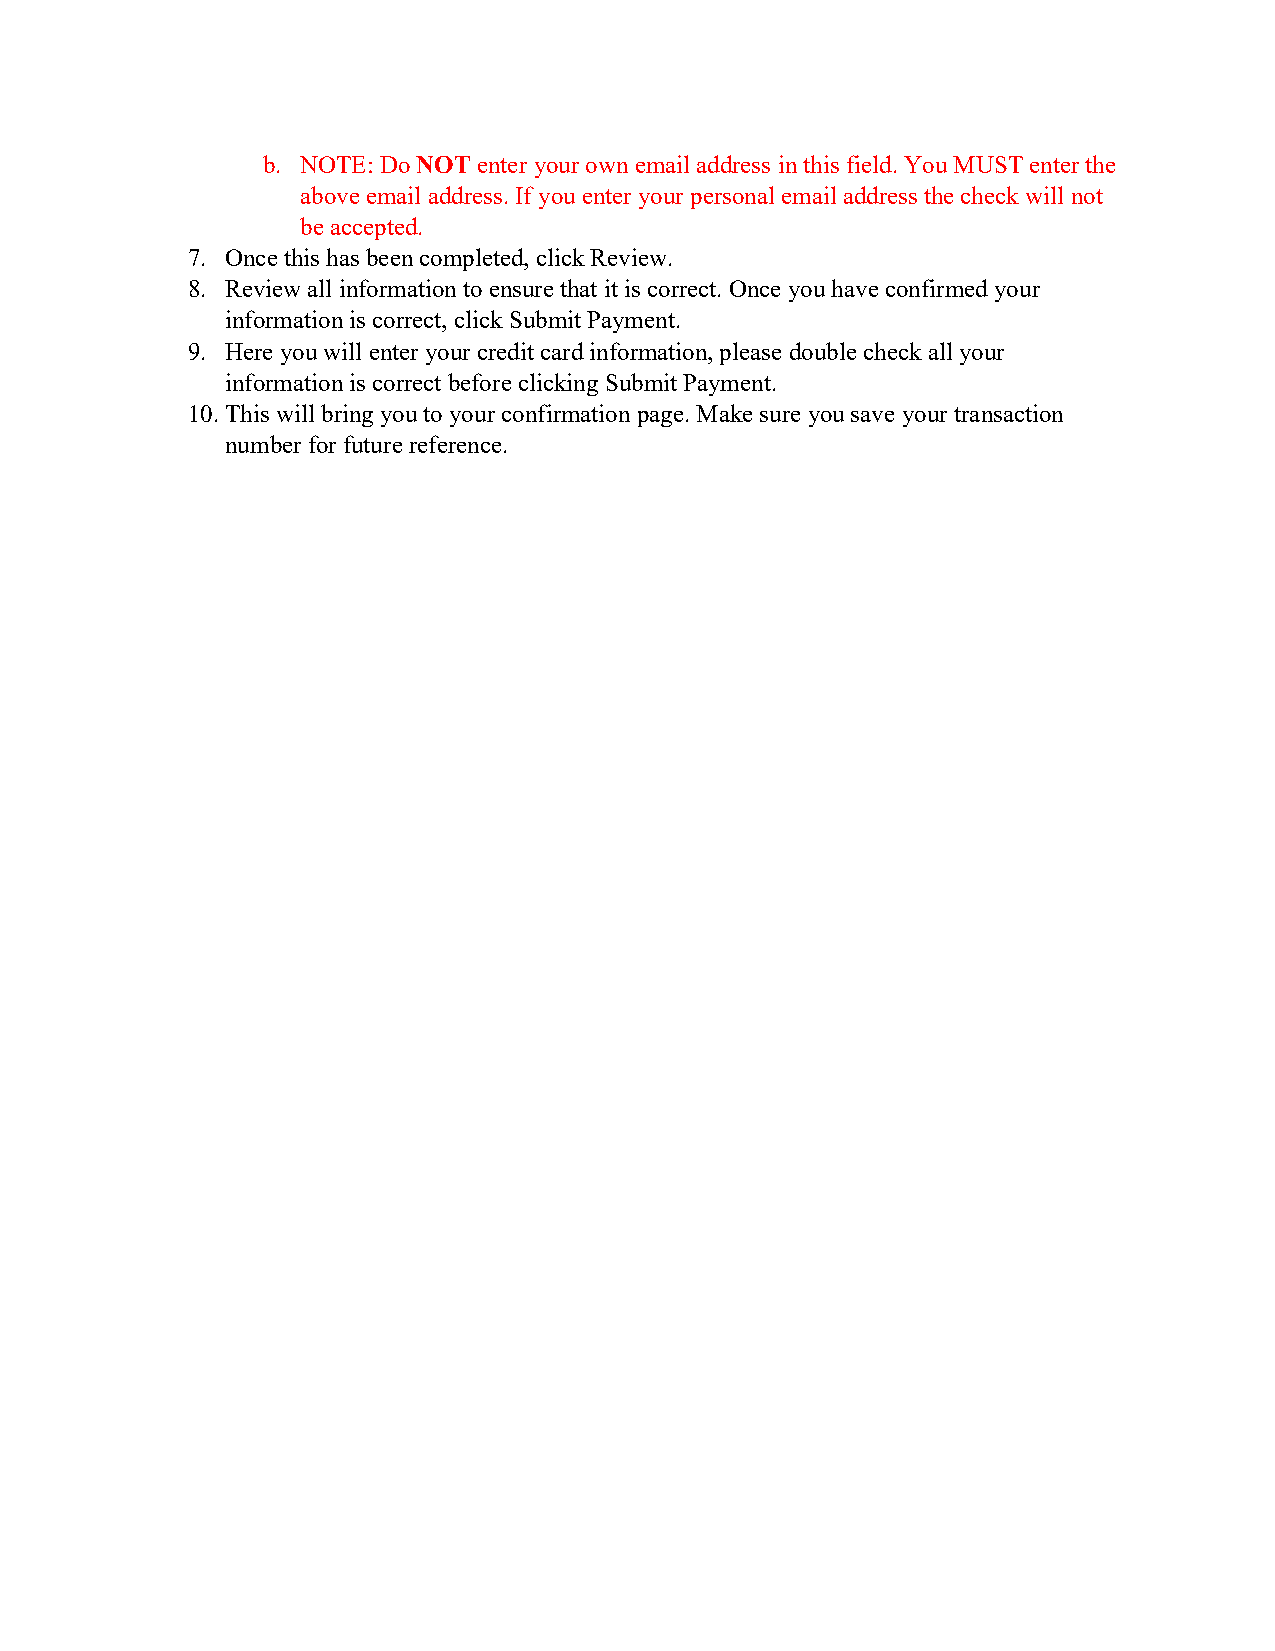
b. NOTE: Do NOT enter your own email address in this field. You MUST enter the
 above email address. If you enter your personal email address the check will not
 be accepted.
 7. Once this has been completed, click Review.
 8. Review all information to ensure that it is correct. Once you have confirmed your
 information is correct, click Submit Payment.
 9. Here you will enter your credit card information, please double check all your
 information is correct before clicking Submit Payment.
 10. This will bring you to your confirmation page. Make sure you save your transaction
 number for future reference.